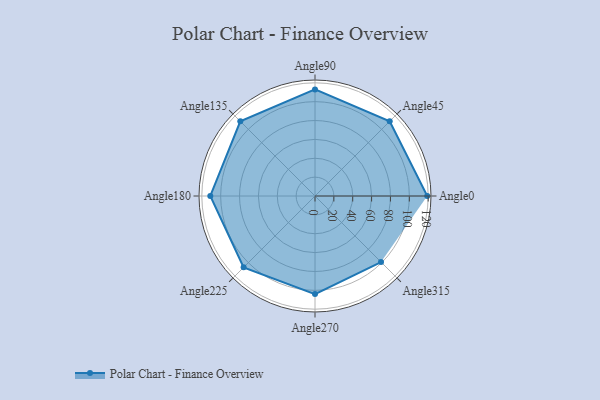
{"axis": {"x": "Angle", "y": "Radius"}, "legend": [""], "data": [{"x": "Angle0", "y": 119.0, "type": ""}, {"x": "Angle45", "y": 112.0, "type": ""}, {"x": "Angle90", "y": 113.0, "type": ""}, {"x": "Angle135", "y": 112.0, "type": ""}, {"x": "Angle180", "y": 111.0, "type": ""}, {"x": "Angle225", "y": 107.0, "type": ""}, {"x": "Angle270", "y": 104.0, "type": ""}, {"x": "Angle315", "y": 99.0, "type": ""}]}